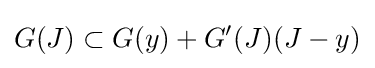
G(J)\subset G(y)+G'(J)(J-y)